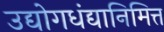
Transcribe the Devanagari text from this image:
उद्योगधंद्यानिमित्त